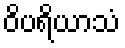
ဝိပရိယာသံ